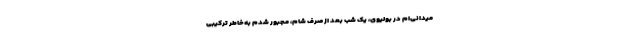
میدانی‌ام در بولیوی، یک شب بعد از صرف شام، مجبور شدم به‌خاطر ترکیبی